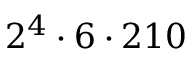
2 ^ { 4 } \cdot 6 \cdot 2 1 0